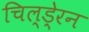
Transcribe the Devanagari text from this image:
चिल्डे्रन